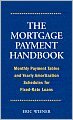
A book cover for The Mortgage Payment Handbook: Monthly Payment Tables and Yearly Amortization Schedules for Fixed-Ra; Eric Wiener; Business & Money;